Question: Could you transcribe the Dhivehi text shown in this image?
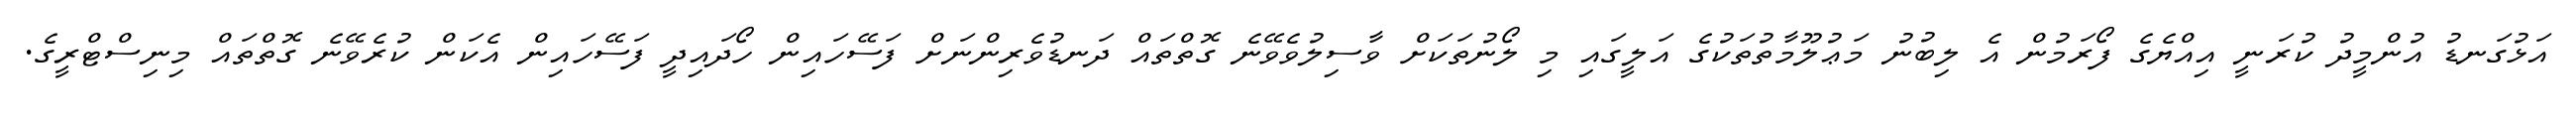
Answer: އަޅުގަނޑު އުންމީދު ކުރަނީ އިއްޔެގެ ފޯރަމުން އެ ލިބުނު މަޢުލޫމާތުތަކުގެ އަލީގައި މި ލޯނުތަކަށް ވާސިލުވެވޭނެ ގޮތްތައް ދަނޑުވެރިންނަށް ފަސޭހައިން ހޯދައިދީ ފަސޭހައިން އެކަން ކުރެވޭނެ ގޮތްތައް މިނިސްޓްރީގެ.